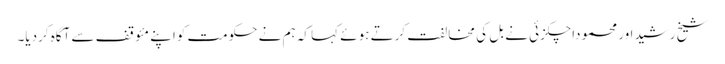
شیخ رشیداور محموداچکزئی نے بل کی مخالفت کرتے ہوئے کہا کہ ہم نے حکومت کواپنے مئوقف سے آگاہ کردیا۔